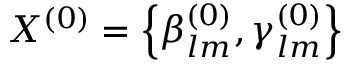
X ^ { ( 0 ) } = \left\lbrace { \beta _ { l m } ^ { ( 0 ) } , \gamma _ { l m } ^ { ( 0 ) } } \right\rbrace